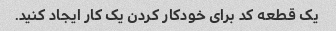
یک قطعه کد برای خودکار کردن یک کار ایجاد کنید.